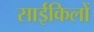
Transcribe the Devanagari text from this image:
साईकिलों